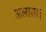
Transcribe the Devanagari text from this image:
अलाता।